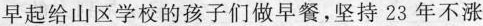
早起给山区学校的孩子们做早餐，坚持23年不涨